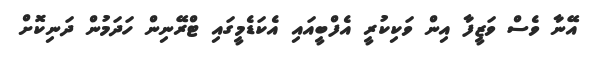
އޭނާ ވެސް ވަޒީފާ އިން ވަކިކުރީ އެފްބީއައި އެކަޑެމީގައި ޓްރޭނިން ހަދަމުން ދަނިކޮށް